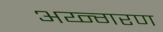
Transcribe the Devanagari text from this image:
अय्न्गरण